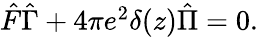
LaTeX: \begin{array}{r}{\hat{F}\hat{\Gamma}+4\pi e^{2}\delta(z)\hat{\Pi}=0.}\end{array}